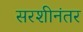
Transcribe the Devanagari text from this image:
सरशीनंतर